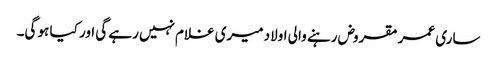
ساری عمر مقروض رہنے والی اولاد میری غلام نہیں رہے گی اور کیا ہو گی۔